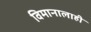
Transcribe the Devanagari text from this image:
विमानालाही